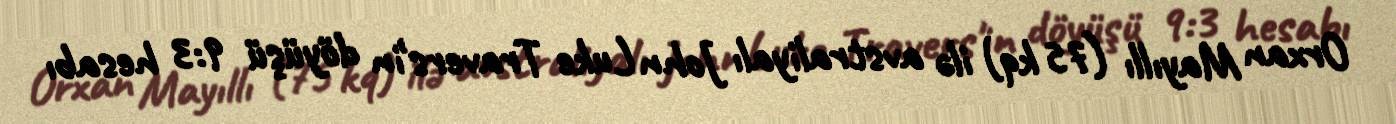
Orxan Mayıllı (75 kq) ilə avstraliyalı John Luke Travers'in döyüşü 9:3 hesabı